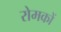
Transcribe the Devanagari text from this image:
रोमकों